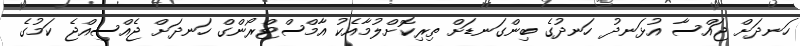
ހަނދަށް ޖައްސާ އުޅަނދު ހަނދުގެ ބިންގަނޑަށް ތިރިކޮށްލުމާއެކު އާމްސްޓްރޯންގް ހަނދަށް ޖެއްސިއްޖެ ކަމުގެ